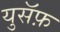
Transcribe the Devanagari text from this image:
युसॅफ़